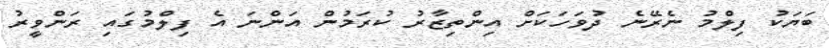
ބަޔަކު ފިލްމު ނެރޭނެ ދުވަހަކަށް އިންތިޒާރު ކުރަމުން އަންނަ އެ ފިލްމުގައި ރަންވީރު